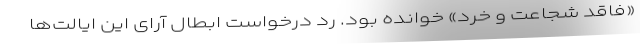
«فاقد شجاعت و خرد» خوانده بود. رد درخواست ابطال آرای این ایالت‌ها